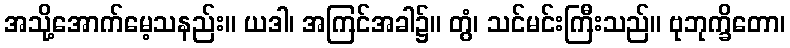
အသို့အောက်မေ့သနည်း။ ယဒါ၊ အကြင်အခါ၌။ တွံ၊ သင်မင်းကြီးသည်။ ဗုဘုက္ခိတော၊